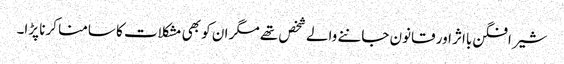
شیر افگن بااثر اور قانون جاننے والے شخص تھے مگر ان کو بھی مشکلات کا سامنا کرنا پڑا۔